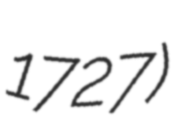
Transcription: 1727)